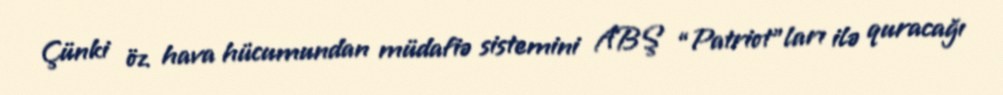
Çünki öz hava hücumundan müdafiə sistemini ABŞ “Patriot”ları ilə quracağı